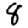
Digit: 8